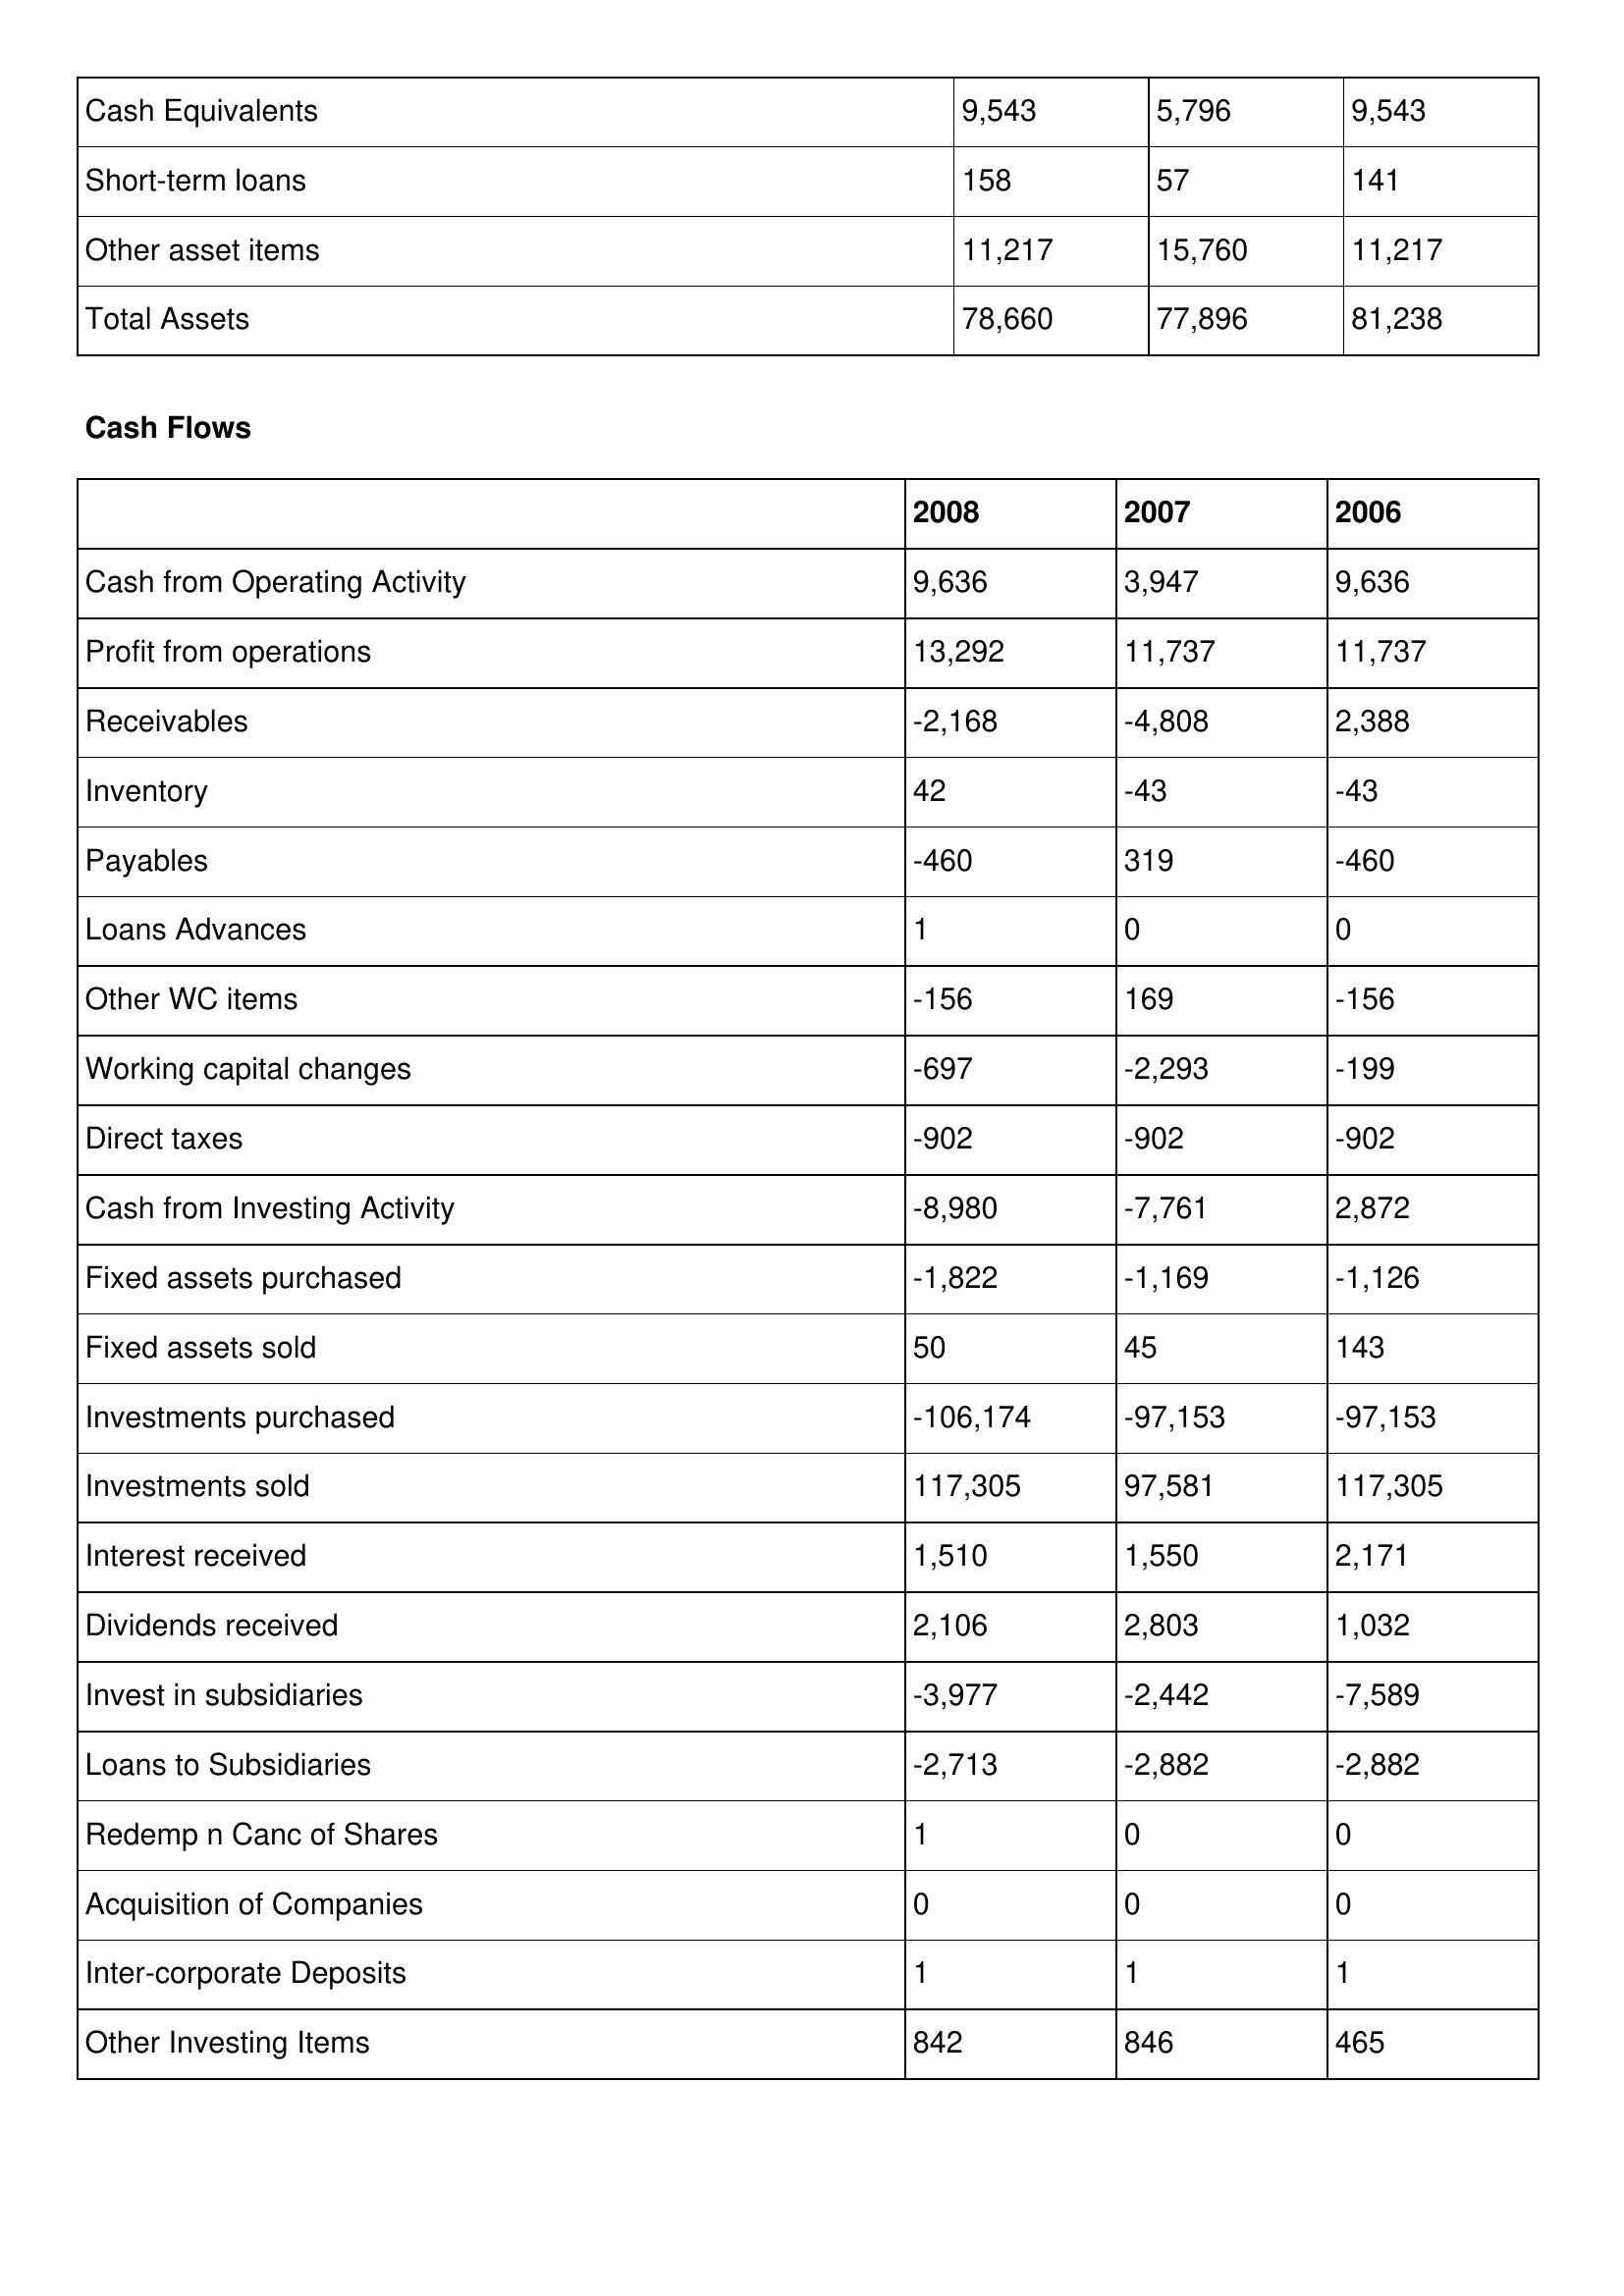
gt_parse: 2008: Balance Sheet: Cash Equivalents: 9,543
Short-term loans: 158
Other asset items: 11,217
Total Assets: 78,660
Cash Flows: Cash from Operating Activity: 9,636
Profit from operations: 13,292
Receivables: -2,168
Inventory: 42
Payables: -460
Loans Advances: 1
Other WC items: -156
Working capital changes: -697
Direct taxes: -902
Cash from Investing Activity: -8,980
Fixed assets purchased: -1,822
Fixed assets sold: 50
Investments purchased: -106,174
Investments sold: 117,305
Interest received: 1,510
Dividends received: 2,106
Invest in subsidiaries: -3,977
Loans to Subsidiaries: -2,713
Redemp n Canc of Shares: 1
Acquisition of Companies: 0
Inter-corporate Deposits: 1
Other Investing Items: 842
2007: Balance Sheet: Cash Equivalents: 5,796
Short-term loans: 57
Other asset items: 15,760
Total Assets: 77,896
Cash Flows: Cash from Operating Activity: 3,947
Profit from operations: 11,737
Receivables: -4,808
Inventory: -43
Payables: 319
Loans Advances: 0
Other WC items: 169
Working capital changes: -2,293
Direct taxes: -902
Cash from Investing Activity: -7,761
Fixed assets purchased: -1,169
Fixed assets sold: 45
Investments purchased: -97,153
Investments sold: 97,581
Interest received: 1,550
Dividends received: 2,803
Invest in subsidiaries: -2,442
Loans to Subsidiaries: -2,882
Redemp n Canc of Shares: 0
Acquisition of Companies: 0
Inter-corporate Deposits: 1
Other Investing Items: 846
2006: Balance Sheet: Cash Equivalents: 9,543
Short-term loans: 141
Other asset items: 11,217
Total Assets: 81,238
Cash Flows: Cash from Operating Activity: 9,636
Profit from operations: 11,737
Receivables: 2,388
Inventory: -43
Payables: -460
Loans Advances: 0
Other WC items: -156
Working capital changes: -199
Direct taxes: -902
Cash from Investing Activity: 2,872
Fixed assets purchased: -1,126
Fixed assets sold: 143
Investments purchased: -97,153
Investments sold: 117,305
Interest received: 2,171
Dividends received: 1,032
Invest in subsidiaries: -7,589
Loans to Subsidiaries: -2,882
Redemp n Canc of Shares: 0
Acquisition of Companies: 0
Inter-corporate Deposits: 1
Other Investing Items: 465